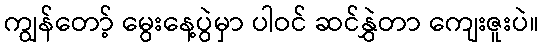
ကျွန်တော့် မွေးနေ့ပွဲမှာ ပါဝင် ဆင်နွှဲတာ ကျေးဇူးပဲ။